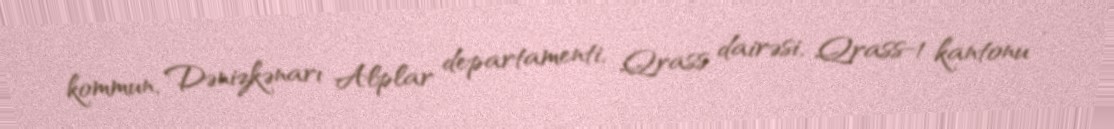
kommun, Dənizkənarı Alplar departamenti, Qrass dairəsi, Qrass-1 kantonu .